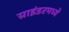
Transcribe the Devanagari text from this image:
ग्राइंडरमध्ये